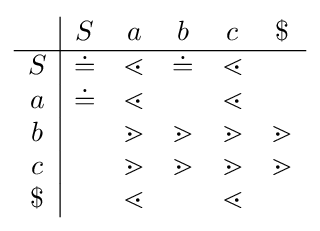
{\begin{array}{c|ccccc}&S&a&b&c&\$\\\hline S&\doteq &\lessdot &\doteq &\lessdot &\\a&\doteq &\lessdot &&\lessdot &\\b&&\gtrdot &\gtrdot &\gtrdot &\gtrdot \\c&&\gtrdot &\gtrdot &\gtrdot &\gtrdot \\\$&&\lessdot &&\lessdot &\end{array}}